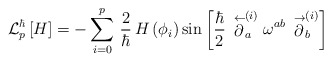
\begin{align*}{\cal L}^{\hbar}_p \left[ H \right] =- \sum\limits^p_{i=0} \, \frac{2}{\hbar} \, H\left( \phi_i \right) \sin\left[ \frac{\hbar}{2} \, \stackrel{\leftarrow}{\partial}_a^{(i)} \omega^{ab}\,\stackrel{\rightarrow}{\partial}_b^{(i)} \right]\end{align*}